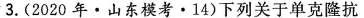
3.(2020年·山东模考·14)下列关于单克隆抗